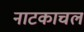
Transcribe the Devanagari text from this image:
नाटकाचल